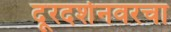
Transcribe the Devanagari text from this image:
दूरदर्शनवरचा